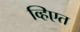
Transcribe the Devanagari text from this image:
व्हिएत